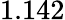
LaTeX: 1.142